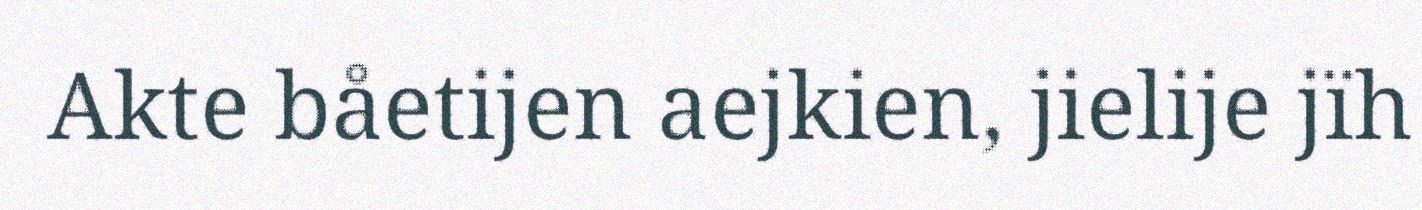
Akte båetijen aejkien, jielije jïh